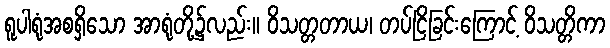
ရူပါရုံအစရှိသော အာရုံတို့၌လည်း။ ဝိသတ္တတာယ၊ တပ်ငြိခြင်းကြောင့် ဝိသတ္တိကာ